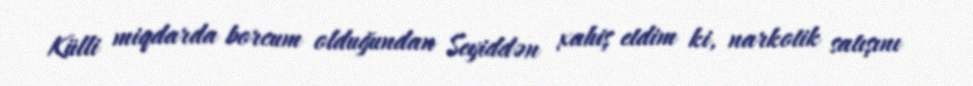
Külli miqdarda borcum olduğundan Seyiddən xahiş etdim ki, narkotik satışını